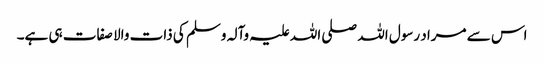
اس سے مراد رسول اللہ صلی اللہ علیہ وآلہ وسلم کی ذات والا صفات ہی ہے۔